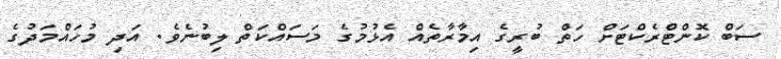
ސަބް ކޮންޓްރެކްޓަށް ހަތް ބުރީގެ އިމާރާތެއް އެޅުމުގެ މަސައްކަތް ލިބުނެވެ. އަަދި މުހައްމަދުގެ